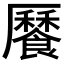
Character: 𩞨